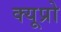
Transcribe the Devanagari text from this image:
क्यूप्रो